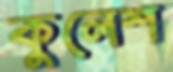
কুলেশ